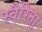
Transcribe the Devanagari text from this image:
स्वैरिता